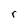
Character: r